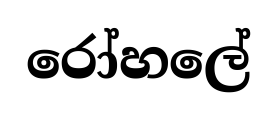
රෝහලේ